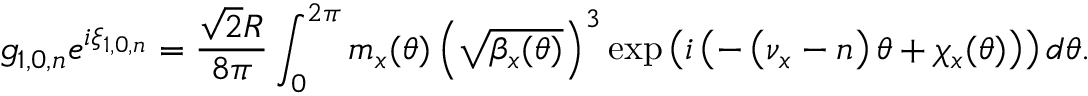
g _ { 1 , 0 , n } e ^ { i \xi _ { 1 , 0 , n } } = \frac { \sqrt 2 R } { 8 \pi } \int _ { 0 } ^ { 2 \pi } { m _ { x } ( \theta ) \left( \sqrt { \beta _ { x } ( \theta ) } \right) ^ { 3 } \exp \left( i \left( - \left( \nu _ { x } - n \right) \theta + \chi _ { x } ( \theta ) \right) \right) d \theta } .